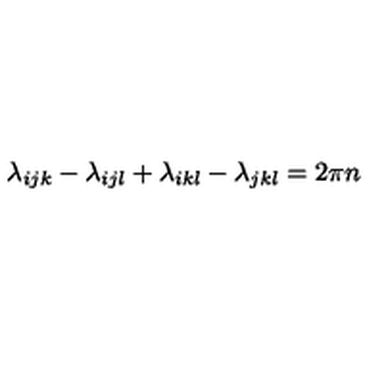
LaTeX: \lambda _ { i j k } - \lambda _ { i j l } + \lambda _ { i k l } - \lambda _ { j k l } = 2 \pi n \nonumber